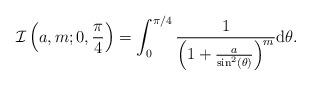
LaTeX: \begin{align*} \mathcal{I} \left(a, m; 0, \frac{\pi}{4} \right) = \int_{0}^{\pi {/}4} \frac{1}{ \left( 1 + \frac{a}{{\sin}^{2}(\theta)}\right)^{m} } {\rm d} \theta. \end{align*}